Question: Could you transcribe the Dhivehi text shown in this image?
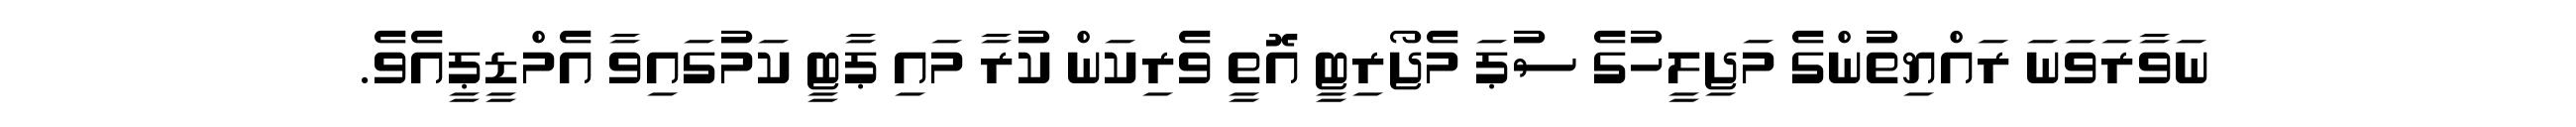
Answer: ނަވާރަވަނަ ރައްޔިތުންގެ މަޖިލީހުގެ ސުޕަ މެޖޯރިޓީ އޮތީ ވެރިކަން ކުރާ މައި ޕާޓީ ކަމުގައިވާ އެމްޑީޕީއެވެ.